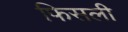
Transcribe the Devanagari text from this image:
फिसली